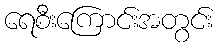
ရေစီးကြောင်းအတွင်း